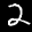
Label: 2